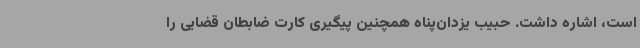
است، اشاره داشت. حبیب یزدان‌پناه همچنین پیگیری کارت ضابطان قضایی را